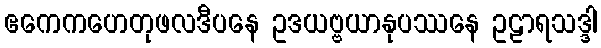
ဧကေကဟေတုဖလဒီပနေ ဥဒယဗ္ဗယာနုပဿနေ ဥဠာရသဒ္ဒါ